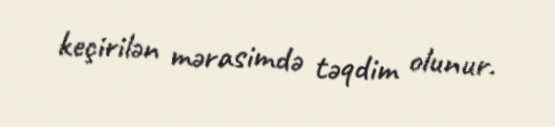
keçirilən mərasimdə təqdim olunur.